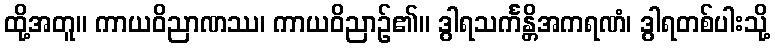
ထို့အတူ။ ကာယဝိညာဏဿ၊ ကာယဝိညာဉ်၏။ ဒွါရသင်္ကန္တိအကရဏံ၊ ဒွါရတစ်ပါးသို့